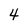
Character: 4